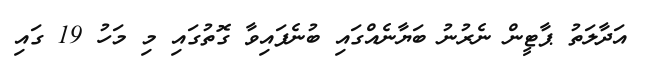
އަދާލަތު ޕާޓީން ނެރުނު ބަޔާނެއްގައި ބުނެފައިވާ ގޮތުގައި މި މަހު 19 ގައި